French assistants in Scottish schools and training centres, 1931
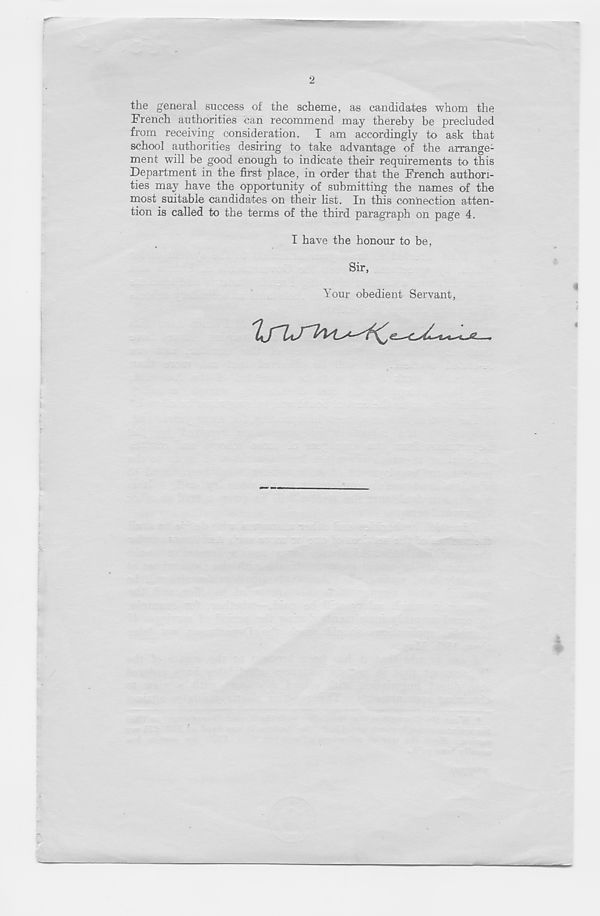
2
the general success of the scheme, as candidates whom the
French authorities can recommend may thereby be precluded
from receiving consideration. I am accordingly to ask that
school authorities desiring to take advantage of the arrange-
ment will be good enough to indicate their requirements to this
Department in the first place, in order that the French authori-
ties may have the opportunity of submitting the names of the
most suitable candidates on their hst. In this connection atten-
tion is called to the terms of the third paragraph on page 4.
I have the honour to be,
Sir,
Your obedient Servant,